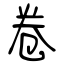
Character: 卷